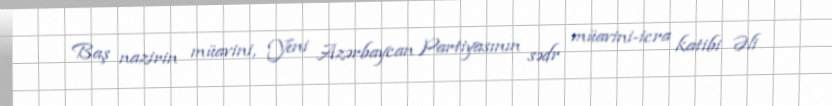
Baş nazirin müavini, Yeni Azərbaycan Partiyasının sədr müavini-icra katibi Əli